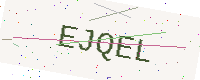
Text: EJQEL